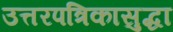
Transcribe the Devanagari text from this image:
उत्तरपत्रिकासुद्धा